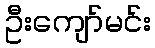
ဦးကျော်မင်း